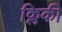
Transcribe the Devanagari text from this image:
क्लिकी